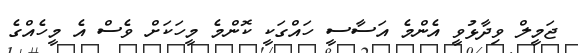
ޖަމީލް ވިދާޅުވީ އެންމެ އަސާސީ ހައްގަކީ ކޮންމެ މީހަކަށް ވެސް އެ މީހެއްގެ